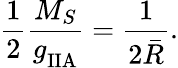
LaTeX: {\frac{1}{2}}{\frac{M_{S}}{g_{\mathrm{IIA}}^{}}}={\frac{1}{2\bar{R}}}.